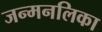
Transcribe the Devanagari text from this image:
जन्मनलिका